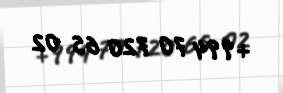
+994 70 720 65 02